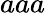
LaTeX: aaa